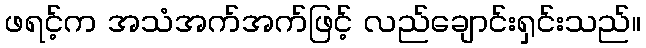
ဖရင့်က အသံအက်အက်ဖြင့် လည်ချောင်းရှင်းသည်။